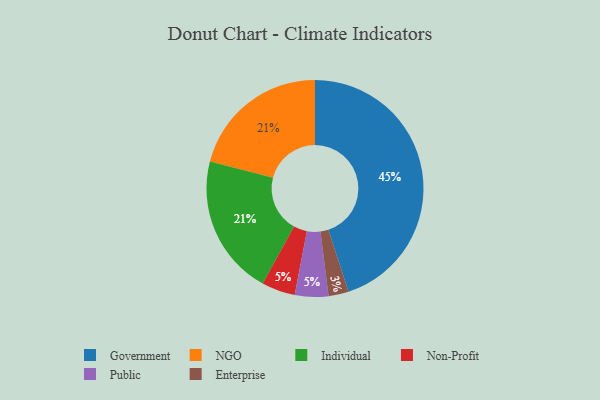
{"axis": {"x": "Category", "y": "Percentage"}, "legend": ["Enterprise", "Government", "Individual", "NGO", "Non-Profit", "Public"], "data": [{"x": "NGO", "y": 21, "type": "NGO"}, {"x": "Non-Profit", "y": 5, "type": "Non-Profit"}, {"x": "Enterprise", "y": 3, "type": "Enterprise"}, {"x": "Public", "y": 5, "type": "Public"}, {"x": "Individual", "y": 21, "type": "Individual"}, {"x": "Government", "y": 45, "type": "Government"}]}